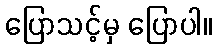
ပြောသင့်မှ ပြောပါ။